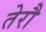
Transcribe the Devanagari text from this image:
तेरौ